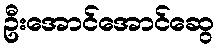
ဦးအောင်အောင်ဆွေ